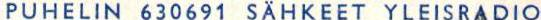
PUHELIN 630691 SÄHKEET YLEISRADIO